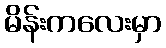
မိန်းကလေးမှာ